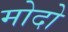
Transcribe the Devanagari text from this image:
मोदो